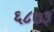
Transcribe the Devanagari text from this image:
६८७३